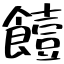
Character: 饐